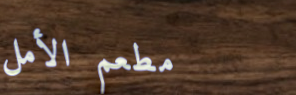
مطعم الأمل